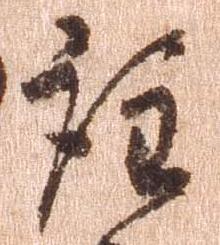
註